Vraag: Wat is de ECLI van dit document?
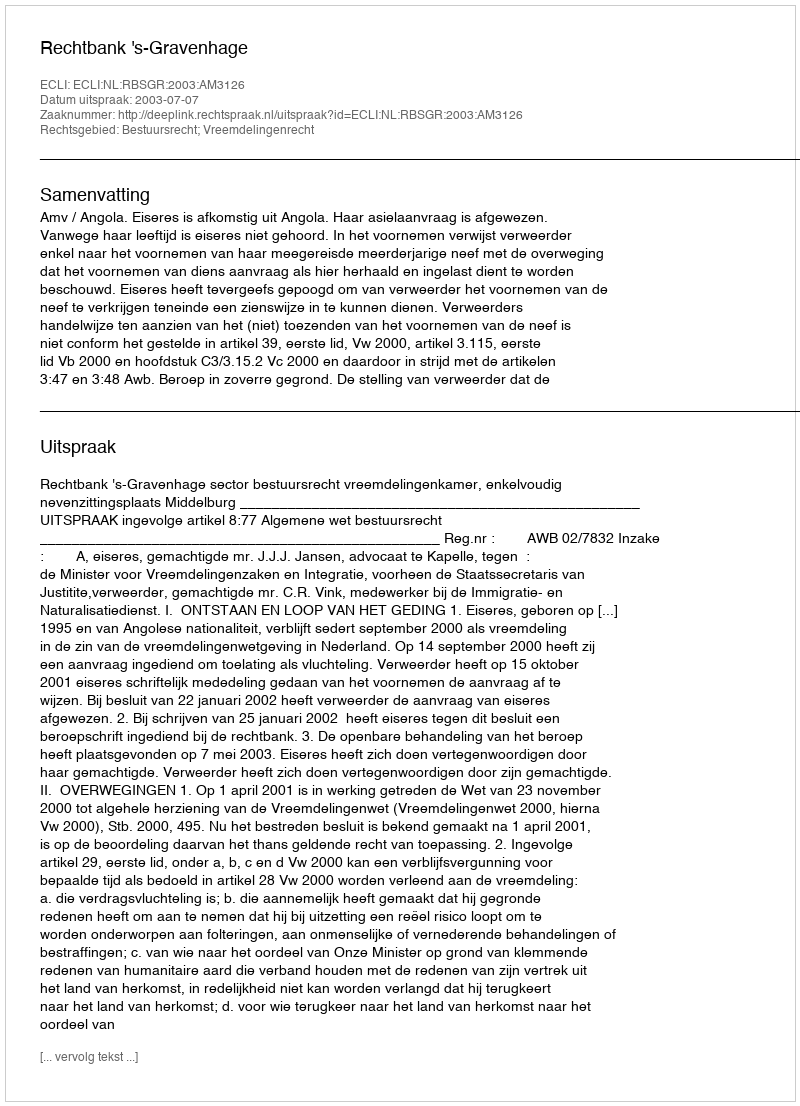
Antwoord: ECLI:NL:RBSGR:2003:AM3126